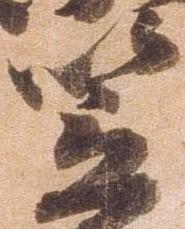
笠